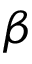
\beta